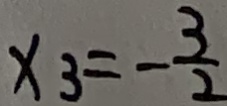
x _ { 3 } = - \frac { 3 } { 2 }